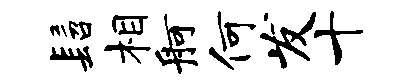
髫相舸何发十